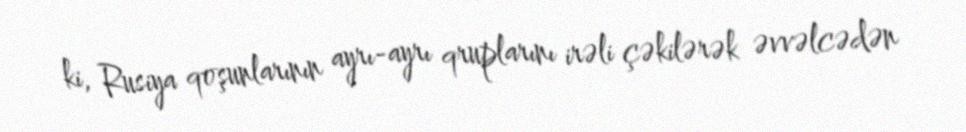
ki, Rusiya qoşunlarının ayrı-ayrı qruplarını irəli çəkilərək əvvəlcədən